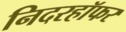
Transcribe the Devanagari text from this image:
निदरहॉफर